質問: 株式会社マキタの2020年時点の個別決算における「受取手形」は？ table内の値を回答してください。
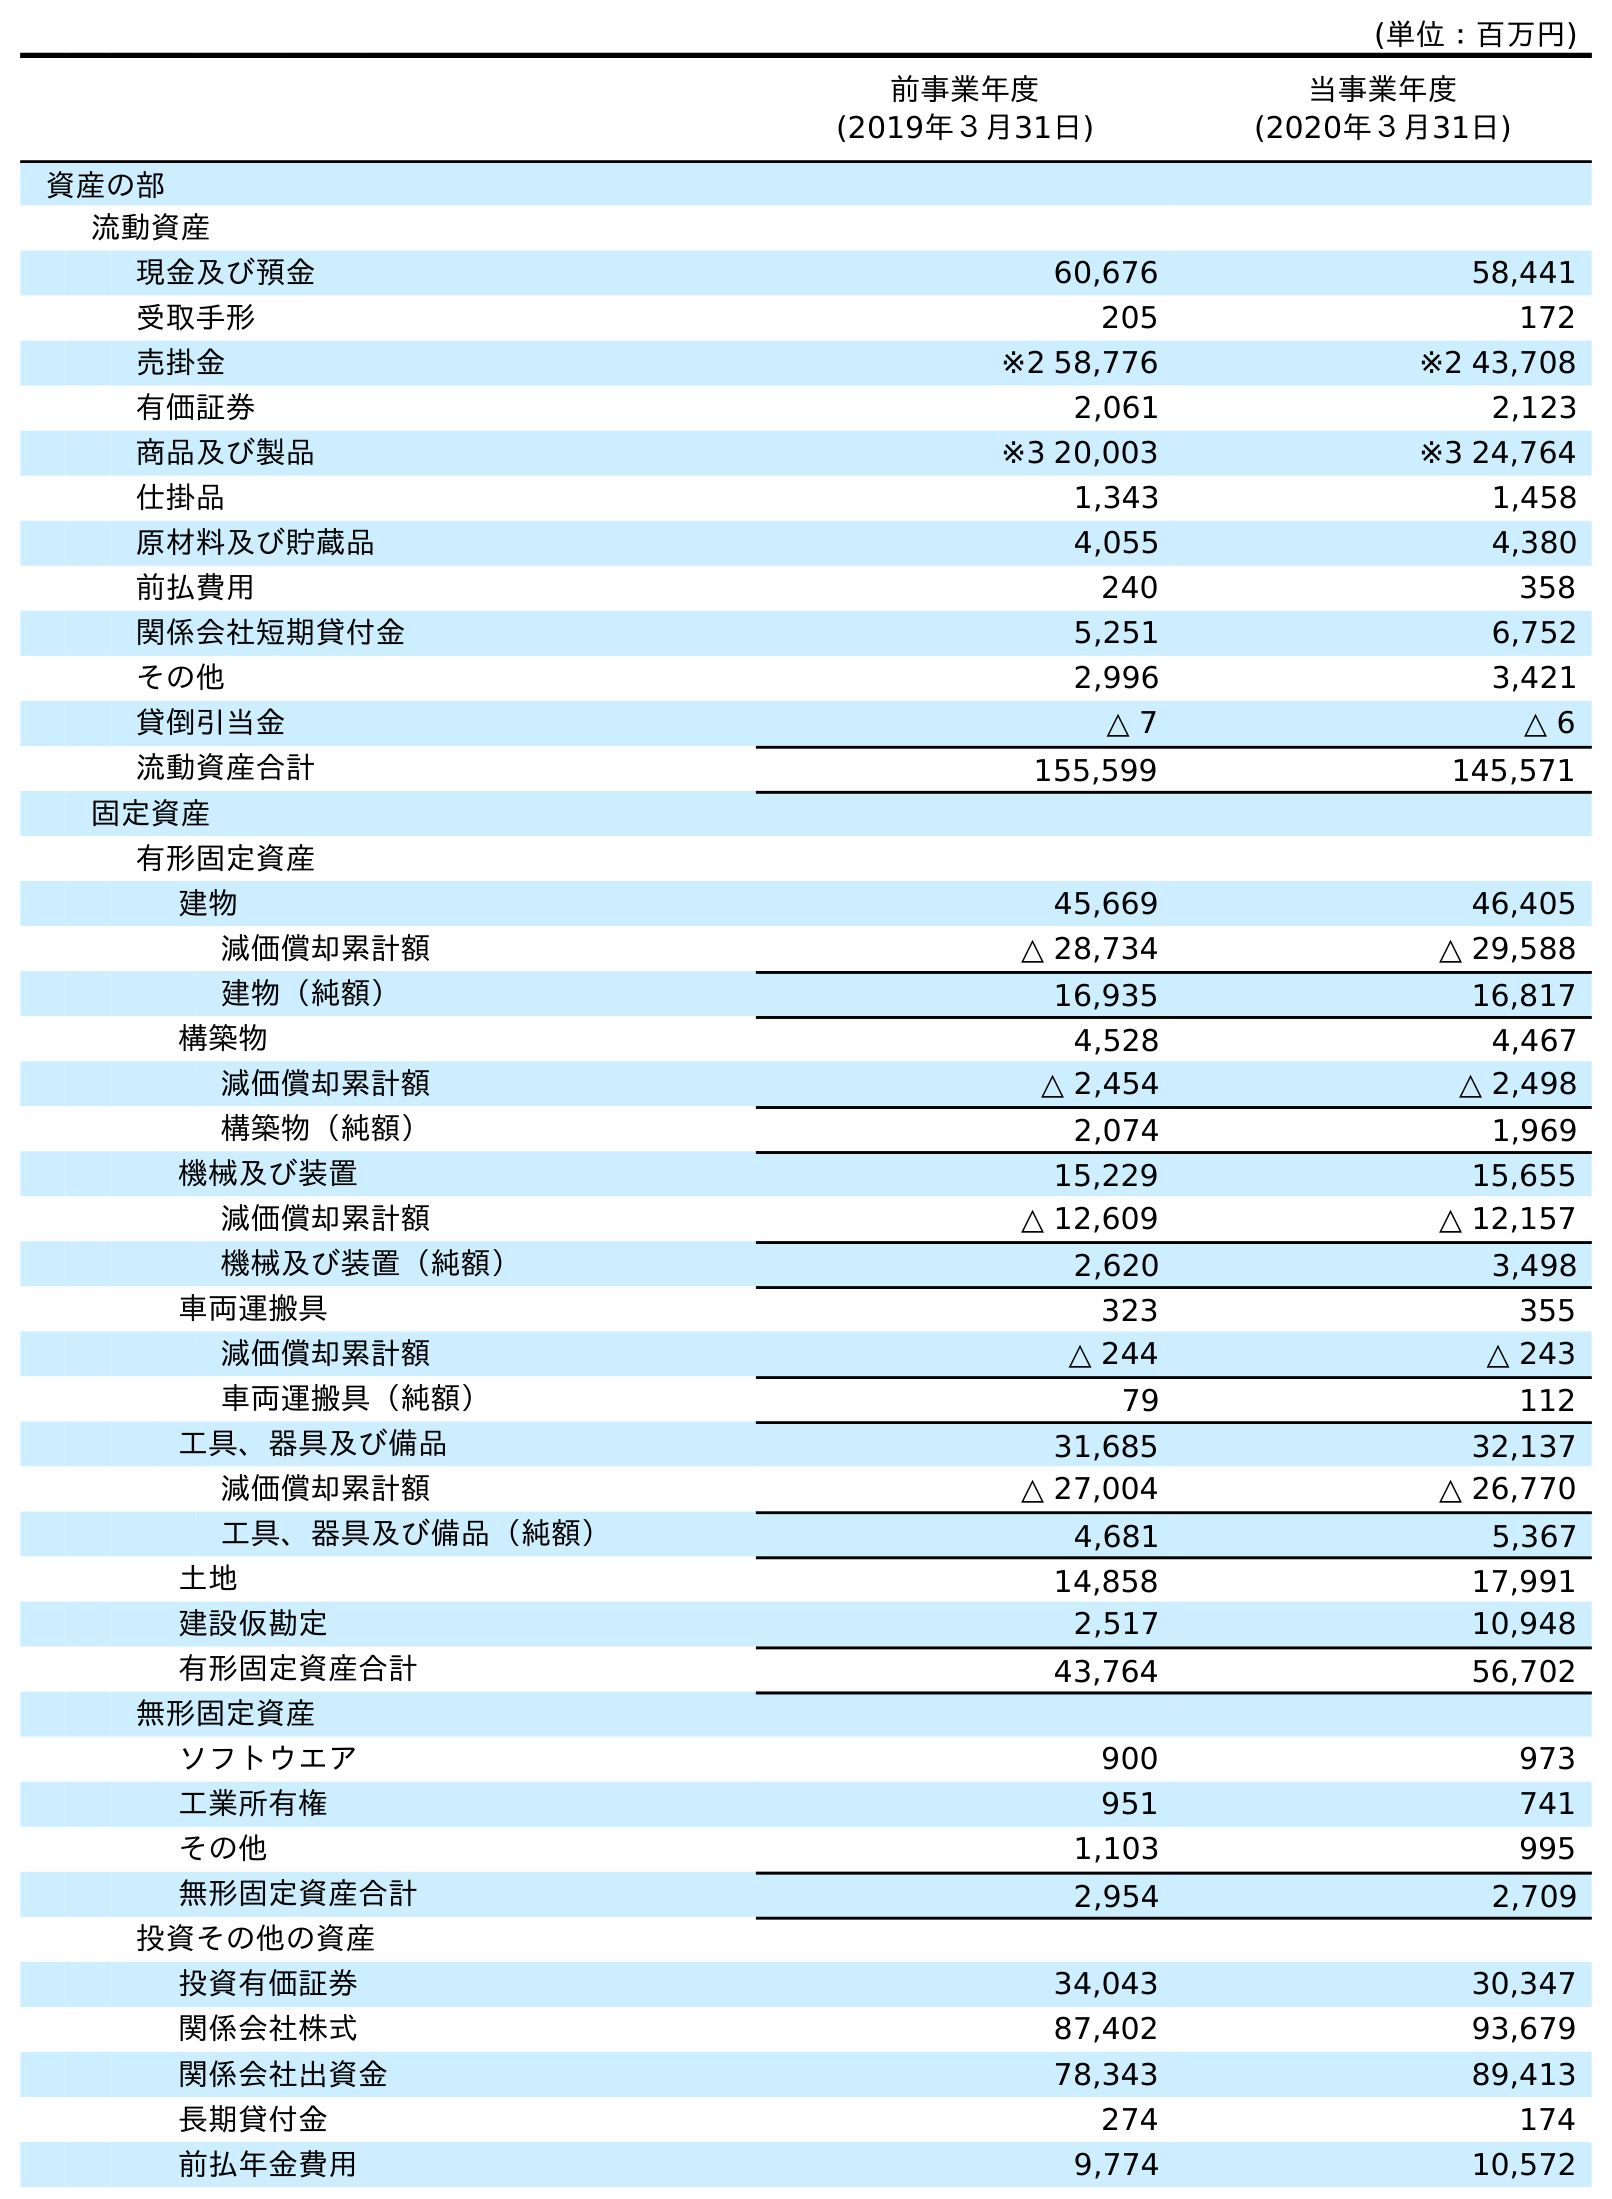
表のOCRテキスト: (単位：百万円) 前事業年度 (2019年３月31日) 当事業年度 (2020年３月31日) 資産の部 流動資産 現金及び預金 60,676 58,441 受取手形 205 172 売掛金 ※2 58,776 ※2 43,708 有価証券 2,061 2,123 商品及び製品 ※3 20,003 ※3 24,764 仕掛品 1,343 1,458 原材料及び貯蔵品 4,055 4,380 前払費用 240 358 関係会社短期貸付金 5,251 6,752 その他 2,996 3,421 貸倒引当金 △ 7 △ 6 流動資産合計 155,599 145,571 固定資産 有形固定資産 建物 45,669 46,405 減価償却累計額 △ 28,734 △ 29,588 建物（純額） 16,935 16,817 構築物 4,528 4,467 減価償却累計額 △ 2,454 △ 2,498 構築物（純額） 2,074 1,969 機械及び装置 15,229 15,655 減価償却累計額 △ 12,609 △ 12,157 機械及び装置（純額） 2,620 3,498 車両運搬具 323 355 減価償却累計額 △ 244 △ 243 車両運搬具（純額） 79 112 工具、器具及び備品 31,685 32,137 減価償却累計額 △ 27,004 △ 26,770 工具、器具及び備品（純額） 4,681 5,367 土地 14,858 17,991 建設仮勘定 2,517 10,948 有形固定資産合計 43,764 56,702 無形固定資産 ソフトウエア 900 973 工業所有権 951 741 その他 1,103 995 無形固定資産合計 2,954 2,709 投資その他の資産 投資有価証券 34,043 30,347 関係会社株式 87,402 93,679 関係会社出資金 78,343 89,413 長期貸付金 274 174 前払年金費用 9,774 10,572
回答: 172